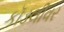
કૉડલીવર